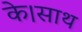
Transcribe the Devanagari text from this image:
के।साथ